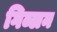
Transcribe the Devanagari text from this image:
गिब्लन